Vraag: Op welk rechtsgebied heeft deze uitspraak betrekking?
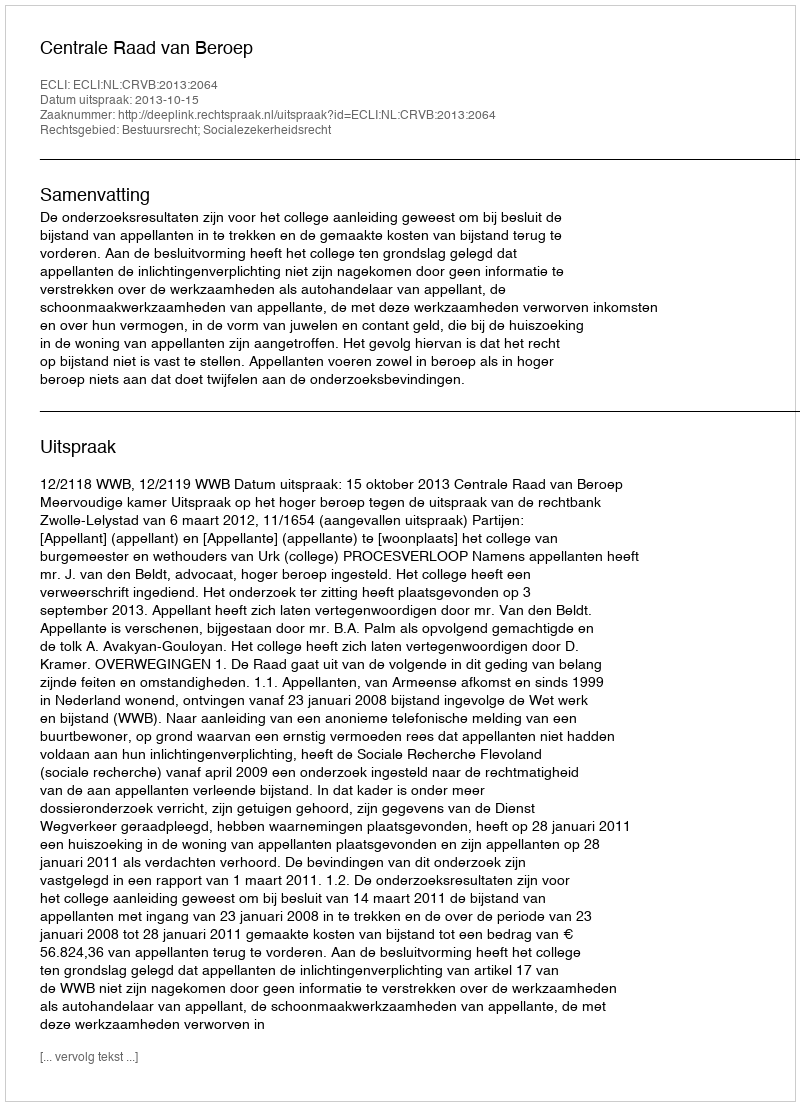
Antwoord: Bestuursrecht; Socialezekerheidsrecht